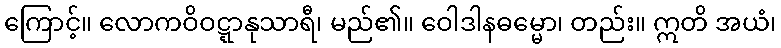
ကြောင့်။ လောကဝိဝဋ္ဋာနုသာရီ၊ မည်၏။ ဝေါဒါနဓမ္မော၊ တည်း။ ဣတိ အယံ၊